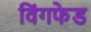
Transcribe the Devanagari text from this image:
विंगफेड